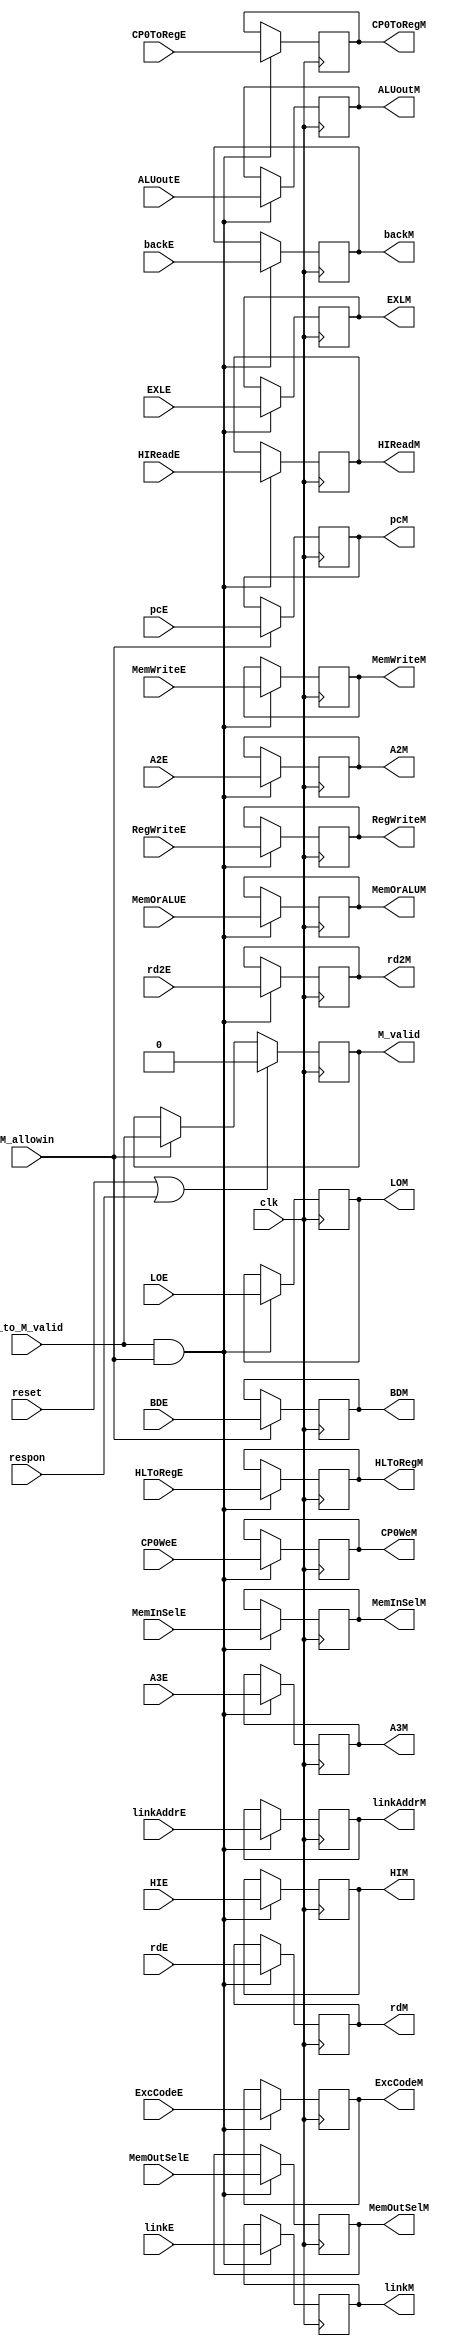
`timescale 1ns / 1ps
//////////////////////////////////////////////////////////////////////////////////
// Company: 
// Engineer: 
// 
// Design Name: 
// Module Name:    M 
// Project Name: 
// Target Devices: 
// Tool versions: 
// Description: 
//
// Dependencies: 
//
// Revision: 
// Revision 0.01 - File Created
// Additional Comments: 
//
//////////////////////////////////////////////////////////////////////////////////
module M(
	input clk,
	input reset,
	input respon,
	input M_allowin,
	input E_to_M_valid,
	input linkE,
	input RegWriteE,
	input MemWriteE,
	input MemOrALUE,
	input [2:0] MemOutSelE,
	input [1:0] MemInSelE,
	input [31:0] linkAddrE,
	input [31:0] ALUoutE,
	input [31:0] rd2E,
	input [31:0] pcE,
	input [4:0] A2E,
	input [4:0] rdE,
	input [4:0] A3E,
	input [31:0] HIE,
	input [31:0] LOE,
	input HLToRegE,
	input HIReadE,
	input EXLE,
	input [4:0] ExcCodeE,
	input BDE,
	input CP0WeE,
	input CP0ToRegE,
	input backE,
	output reg M_valid,
	output linkM,
	output RegWriteM,
	output MemWriteM,
	output MemOrALUM,
	output [2:0] MemOutSelM,
	output [1:0] MemInSelM,
	output [31:0] linkAddrM,
	output [31:0] ALUoutM,
	output [31:0] rd2M,
	output [31:0] pcM,
	output [4:0] A2M,
	output [4:0] rdM,
	output [4:0] A3M,
	output [31:0] HIM,
	output [31:0] LOM,
	output HLToRegM,
	output HIReadM,
	output EXLM,
	output [4:0] ExcCodeM,
	output BDM,
	output CP0WeM,
	output CP0ToRegM,
	output backM
    );
	
	reg r_link, r_RegWrite, r_MemWrite, r_MemOrALU;
	reg [2:0] r_MemOutSel;
	reg [1:0] r_MemInSel;
	reg [31:0] r_linkAddr, r_ALUout, r_rd2, r_pc;
	reg [4:0] r_A2, r_A3, r_rd;
	reg [31:0] r_HI, r_LO;
	reg r_HLToReg, r_HIRead;
	reg r_exl, r_BD, r_CP0We, r_CP0ToReg, r_back;
	reg [4:0] r_ExcCode;
	 
	always@(posedge clk) begin
		if(reset || respon) begin
			M_valid <= 0;
		end
		else if(M_allowin) begin
			M_valid <= E_to_M_valid;
		end

		if(E_to_M_valid && M_allowin) begin
			r_link <= linkE;
			r_RegWrite <= RegWriteE;
			r_MemWrite <= MemWriteE;
			r_MemOrALU <= MemOrALUE;
			r_MemOutSel <= MemOutSelE;
			r_MemInSel <= MemInSelE;
			r_linkAddr <= linkAddrE;
			r_ALUout <= ALUoutE;
			r_rd2 <= rd2E;
			r_A2 <= A2E;
			r_rd <= rdE;
			r_A3 <= A3E;
			r_HI <= HIE;
			r_LO <= LOE;
			r_HLToReg <= HLToRegE;
			r_HIRead <= HIReadE;
			r_exl <= EXLE;
			r_ExcCode <= ExcCodeE;
			r_CP0We <= CP0WeE;
			r_CP0ToReg <= CP0ToRegE;
			r_back <= backE;
		end

		if(M_allowin) begin
			r_pc <= pcE;
			r_BD <= BDE;
		end
	end
	
	assign linkM = r_link;
	assign RegWriteM = r_RegWrite;
	assign MemWriteM = r_MemWrite;
	assign MemOrALUM = r_MemOrALU;
	assign MemOutSelM = r_MemOutSel;
	assign MemInSelM = r_MemInSel;
	assign linkAddrM = r_linkAddr;
	assign ALUoutM = r_ALUout;
	assign rd2M = r_rd2;
	assign pcM = r_pc;
	assign A2M = r_A2;
	assign rdM = r_rd;
	assign A3M = r_A3;
	assign HIM = r_HI;
	assign LOM = r_LO;
	assign HLToRegM = r_HLToReg;
	assign HIReadM = r_HIRead;
	assign EXLM = r_exl;
	assign ExcCodeM = r_ExcCode;
	assign BDM = r_BD;
	assign CP0WeM = r_CP0We;
	assign CP0ToRegM = r_CP0ToReg;
	assign backM = r_back;
	
endmodule